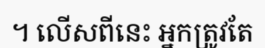
។ លើសពីនេះ អ្នកត្រូវតែ